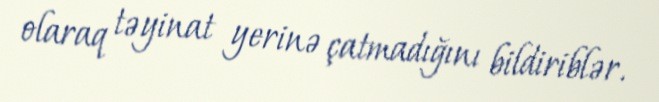
olaraq təyinat yerinə çatmadığını bildiriblər.